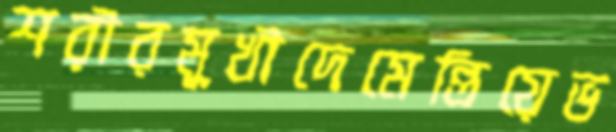
শরীরমুখীদেমেন্তিয়েভ